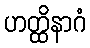
ဟတ္ထိနာဂံ